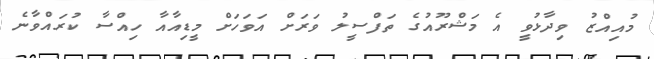
މުއިއްޒު ވިދާޅުވީ އެ މަޝްރޫއުގެ ތަފްސީލު ވަރަށް އަވަހަށް މީޑިއާއާ ހިއްސާ ކުރައްވާނެ